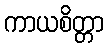
ကာယစိတ္တာ